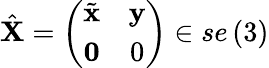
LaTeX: \hat{\mathbf{X}}=\left(\begin{array}{cc}{\tilde{\mathbf{x}}}&{\mathbf{y}}\\ {\mathbf{0}}&{0}\end{array}\right)\in se\left(3\right)